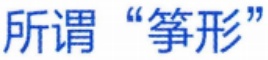
所谓“筝形”